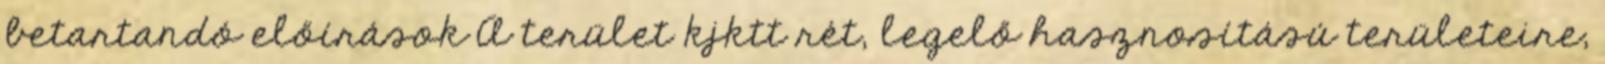
betartandó előírások A terület kjktt rét, legelő hasznosítású területeire,